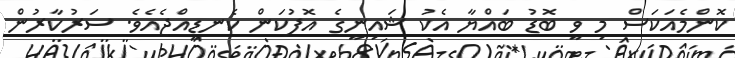
ކޮންމެއަކަސް މި ވީ ބޮޑު ބައްޔާ އެކު ޝައިނީގެ އޮފުކަން ކެނޑިއްޖެއެވެ. ސަރުކާރުން